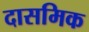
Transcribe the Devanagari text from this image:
दासमिक